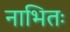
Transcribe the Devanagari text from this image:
नाभितः